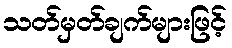
သတ်မှတ်ချက်များဖြင့်